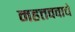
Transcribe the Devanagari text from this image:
महत्तववाचे